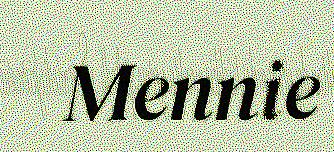
Mennie